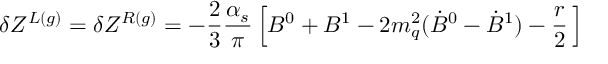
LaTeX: \delta Z ^ { L ( g ) } = \delta Z ^ { R ( g ) } = - \frac { 2 } { 3 } \frac { \alpha _ { s } } { \pi } \left[ B ^ { 0 } + B ^ { 1 } - 2 m _ { q } ^ { 2 } ( { \dot { B } } ^ { 0 } - { \dot { B } } ^ { 1 } ) - \frac { r } { 2 } \, \right]